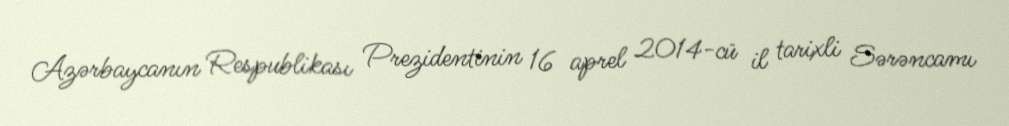
Azərbaycanın Respublikası Prezidentinin 16 aprel 2014-cü il tarixli Sərəncamı